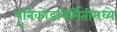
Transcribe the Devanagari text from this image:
युनिकोडनिर्मितीमध्ये